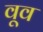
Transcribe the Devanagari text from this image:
वूव